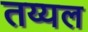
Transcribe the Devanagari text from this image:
तय्यल